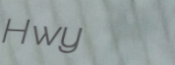
Hwy